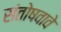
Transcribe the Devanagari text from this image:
संतोषवावे